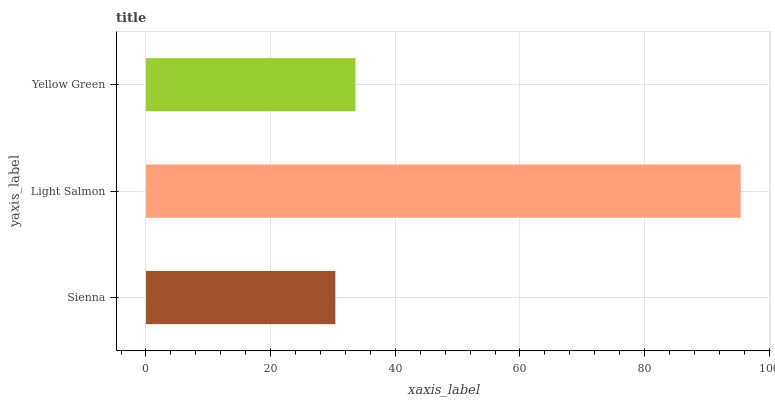
| yaxis_label | bars |
 | --- | --- |
 | Sienna | 30.4 |
 | Light Salmon | 95.4 |
 | Yellow Green | 33.6 |